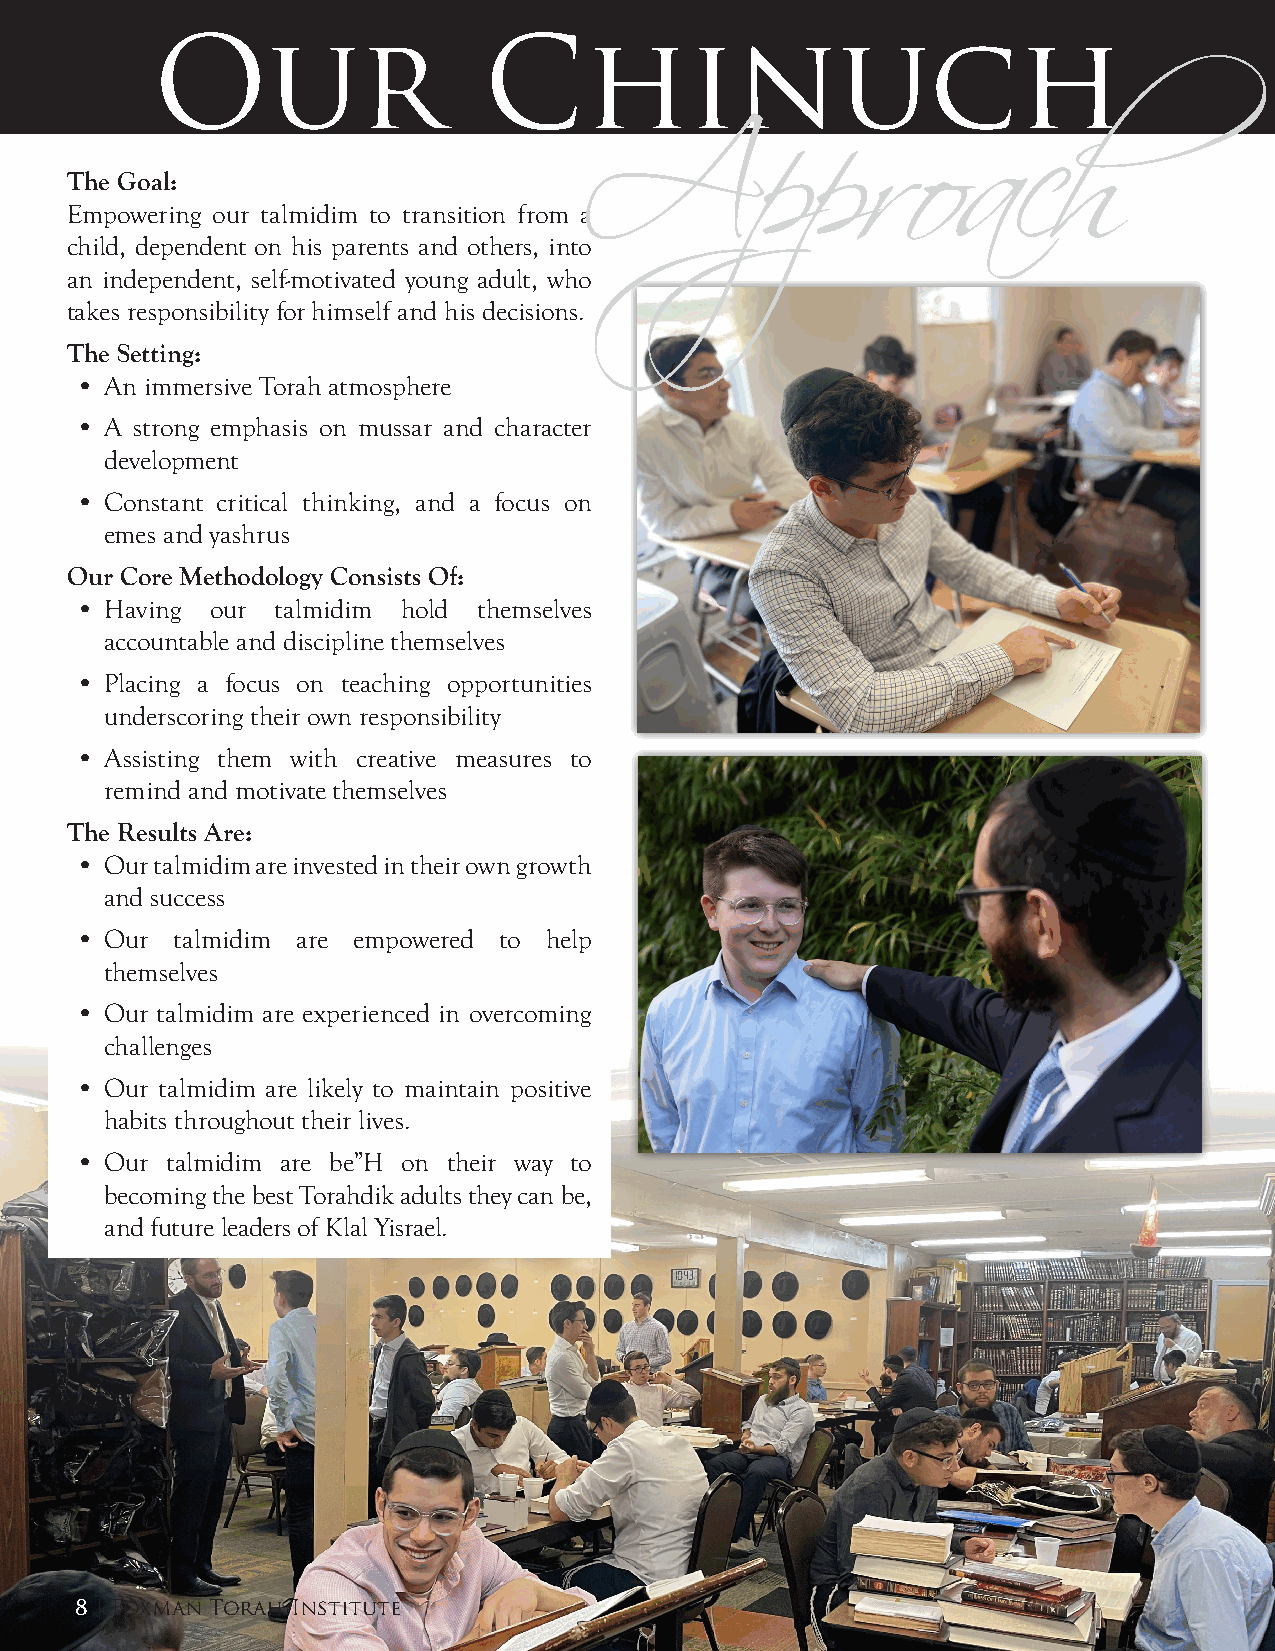
Our                   Chinuch
 The Goal:
 Empowering our talmidim to transition from a
 Approach
 child, dependent on his parents and others, into
 an independent, self-motivated young adult, who
 takes responsibility for himself and his decisions.
 The Setting:
 • An immersive Torah atmosphere
 • A strong emphasis on mussar and character
 development
 • Constant critical thinking, and a focus on
 emes and yashrus
 Our Core Methodology Consists Of:
 • Having our talmidim hold themselves
 accountable and discipline themselves
 • Placing a focus on teaching opportunities
 underscoring their own responsibility
 • Assisting them with creative measures to
 remind and motivate themselves
 The Results Are:
 • Our talmidim are invested in their own growth
 and success
 • Our  talmidim are empowered to help
 themselves
 • Our talmidim are experienced in overcoming
 challenges
 • Our talmidim are likely to maintain positive
 habits throughout their lives.
 • Our talmidim are be”H on their way to
 becoming the best Torahdik adults they can be,
 and future leaders of Klal Yisrael.
 8 | Foxman Torah Institute